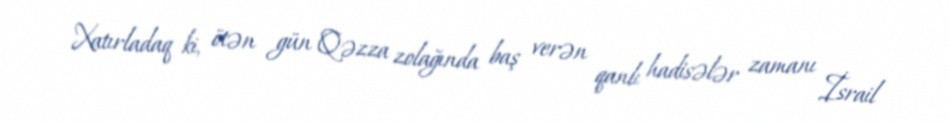
Xatırladaq ki, ötən gün Qəzza zolağında baş verən qanlı hadisələr zamanı İsrail